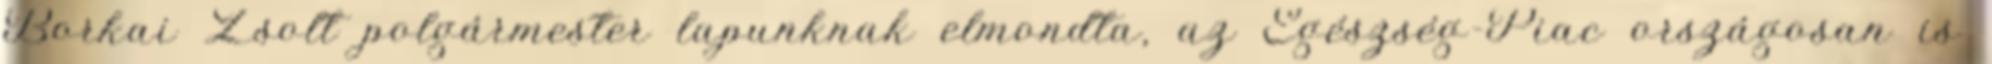
Borkai Zsolt polgármester lapunknak elmondta, az Egészség-Piac országosan is